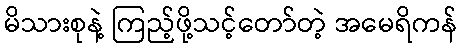
မိသားစုနဲ့ ကြည့်ဖို့သင့်တော်တဲ့ အမေရိကန်